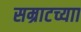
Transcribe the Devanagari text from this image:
सम्राटच्याा